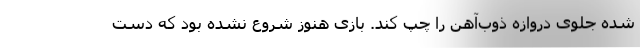
شده جلوی دروازه ذوب‌آهن را چپ کند. بازی هنوز شروع نشده بود که دست